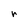
Character: r